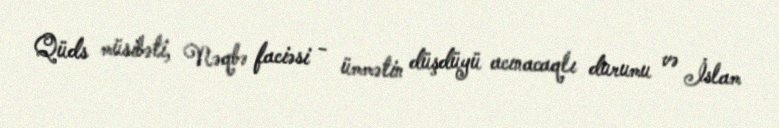
Qüds müsibəti, Nəqbə faciəsi - ümmətin düşdüyü acınacaqlı durumu və İslam